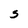
Character: S